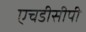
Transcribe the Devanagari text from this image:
एचडीसीपी